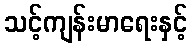
သင့်ကျန်းမာရေးနှင့်